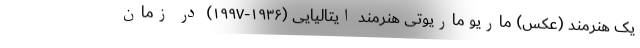
یک هنرمند (عکس) ماریو ماریوتی هنرمند ایتالیایی (۱۹۳۶-۱۹۹۷) در زمان